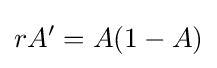
rA'=A(1-A)